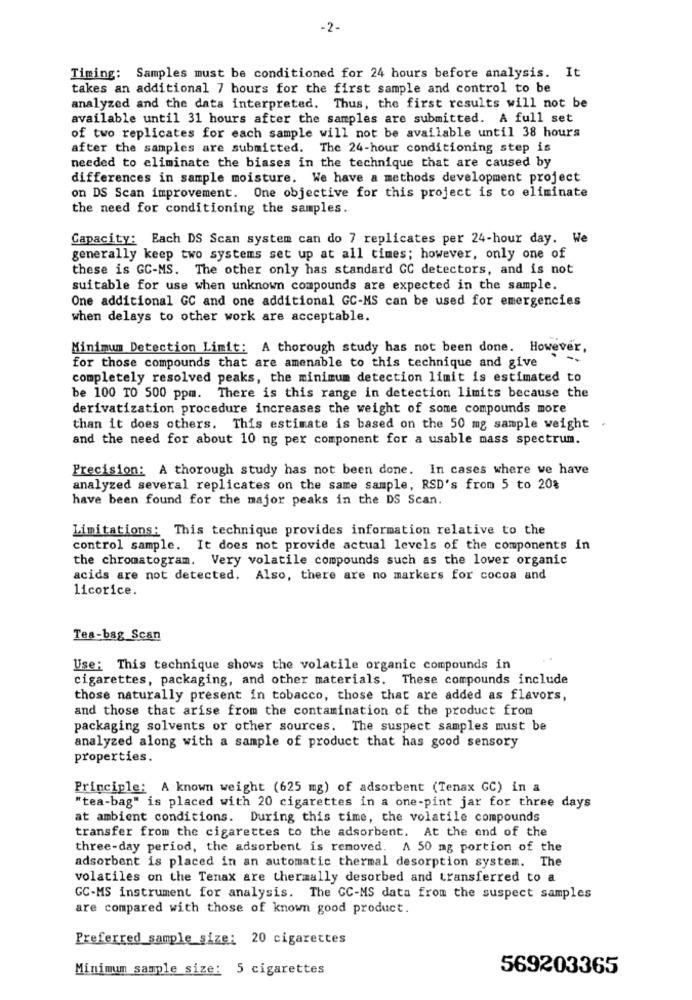
-2-
Timing: Samples must be conditioned for 24 hours before analysis. It
takes an additional 7 hours for the first sample and control to be
analyzed and the data interpreted. Thus, the first results will not be
available until 31 hours after the samples are submitted. A full set
of two replicates for each sample will not be available until 38 hours
after the samples are submitted. The 24-hour conditioning step is
needed to eliminate the biases in the technique that are caused by
differences in sample moisture. We have a methods development project
on DS Scan improvement. One objective for this project is to eliminate
the need for conditioning the samples.
Capacity: Each DS Scan system can do 7 replicates per 24-hour day. We
generally keep two systems set up at all times; however, only one of
these is GC-MS. The other only has standard GC detectors, and is not
suitable for use when unknown compounds are expected in the sample.
One additional GC and one additional GC-MS can be used for emergencies
when delays to other work are acceptable.
Minimum Detection Limit: A thorough study has not been done. However,
for those compounds that are amenable to this technique and give
completely resolved peaks, the minimum detection limit is estimated to
be 100 TO 500 ppm. There is this range in detection limits because the
derivatization procedure increases the weight of some compounds more
than it does others. This estimate is based on the 50 mg sample weight
and the need for about 10 ng per component for a usable mass spectrum.
Precision: A thorough study has not been done. In cases where we have
analyzed several replicates on the same sample, RSD's from 5 to 20%
have been found for the major peaks in the DS Scan.
Limitations: This technique provides information relative to the
control sample. It does not provide actual levels of the components in
the chromatogram. Very volatile compounds such as the lower organic
acids are not detected. Also, there are no markers for cocoa and
licorice.
Tea-bag Scan
Use: This technique shows the volatile organic compounds in
cigarettes, packaging, and other materials. These compounds include
those naturally present in tobacco, those that are added as flavors,
and those that arise from the contamination of the product from
packaging solvents or other sources. The suspect samples must be
analyzed along with a sample of product that has good sensory
properties.
Principle: A known weight (625 mg) of adsorbent (Tenax GC) in a
"tea-bag" is placed with 20 cigarettes in a one-pint jar for three days
at ambient conditions. During this time, the volatile compounds
transfer from the cigarettes to the adsorbent. At the end of the
three-day period, the adsorbent is removed. A 50 mg portion of the
adsorbent is placed in an automatic thermal desorption system. The
volatiles on the Tenax are thermally desorbed and transferred to a
GC-MS instrument for analysis. The GC-MS data from the suspect samples
are compared with those of known good product.
Preferred_sample size: 20 cigarettes
Minimum sample size: 5 cigarettes
569203365